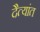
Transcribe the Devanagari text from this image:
दैत्यांत